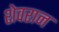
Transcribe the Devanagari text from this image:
शेवरान